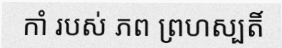
កាំ របស់ ភព ព្រហស្បតិ៍